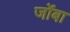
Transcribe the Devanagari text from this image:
जोंबा